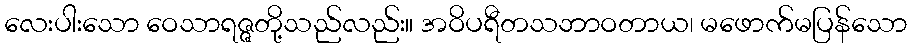
လေးပါးသော ဝေသာရဇ္ဇတို့သည်လည်း။ အဝိပရီတသဘာဝတာယ၊ မဖောက်မပြန်သော